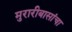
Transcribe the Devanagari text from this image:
मुरारीबासांचा